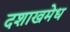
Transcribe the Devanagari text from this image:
दशाखमेध